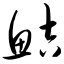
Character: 鲒